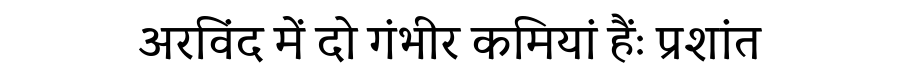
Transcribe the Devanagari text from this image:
अरविंद में दो गंभीर कमियां हैंः प्रशांत